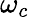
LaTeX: \omega_{c}